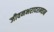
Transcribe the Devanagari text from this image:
जीवनभरादरम्यान